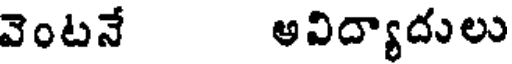
వెంటనే అవిద్యాదులు